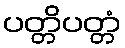
ပတ္တိပတ္တံ